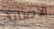
الاصابة